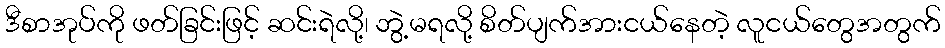
ဒီစာအုပ်ကို ဖတ်ခြင်းဖြင့် ဆင်းရဲလို့၊ ဘွဲ့မရလို့ စိတ်ပျက်အားငယ်နေတဲ့ လူငယ်တွေအတွက်